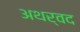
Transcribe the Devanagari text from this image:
अथर्वद